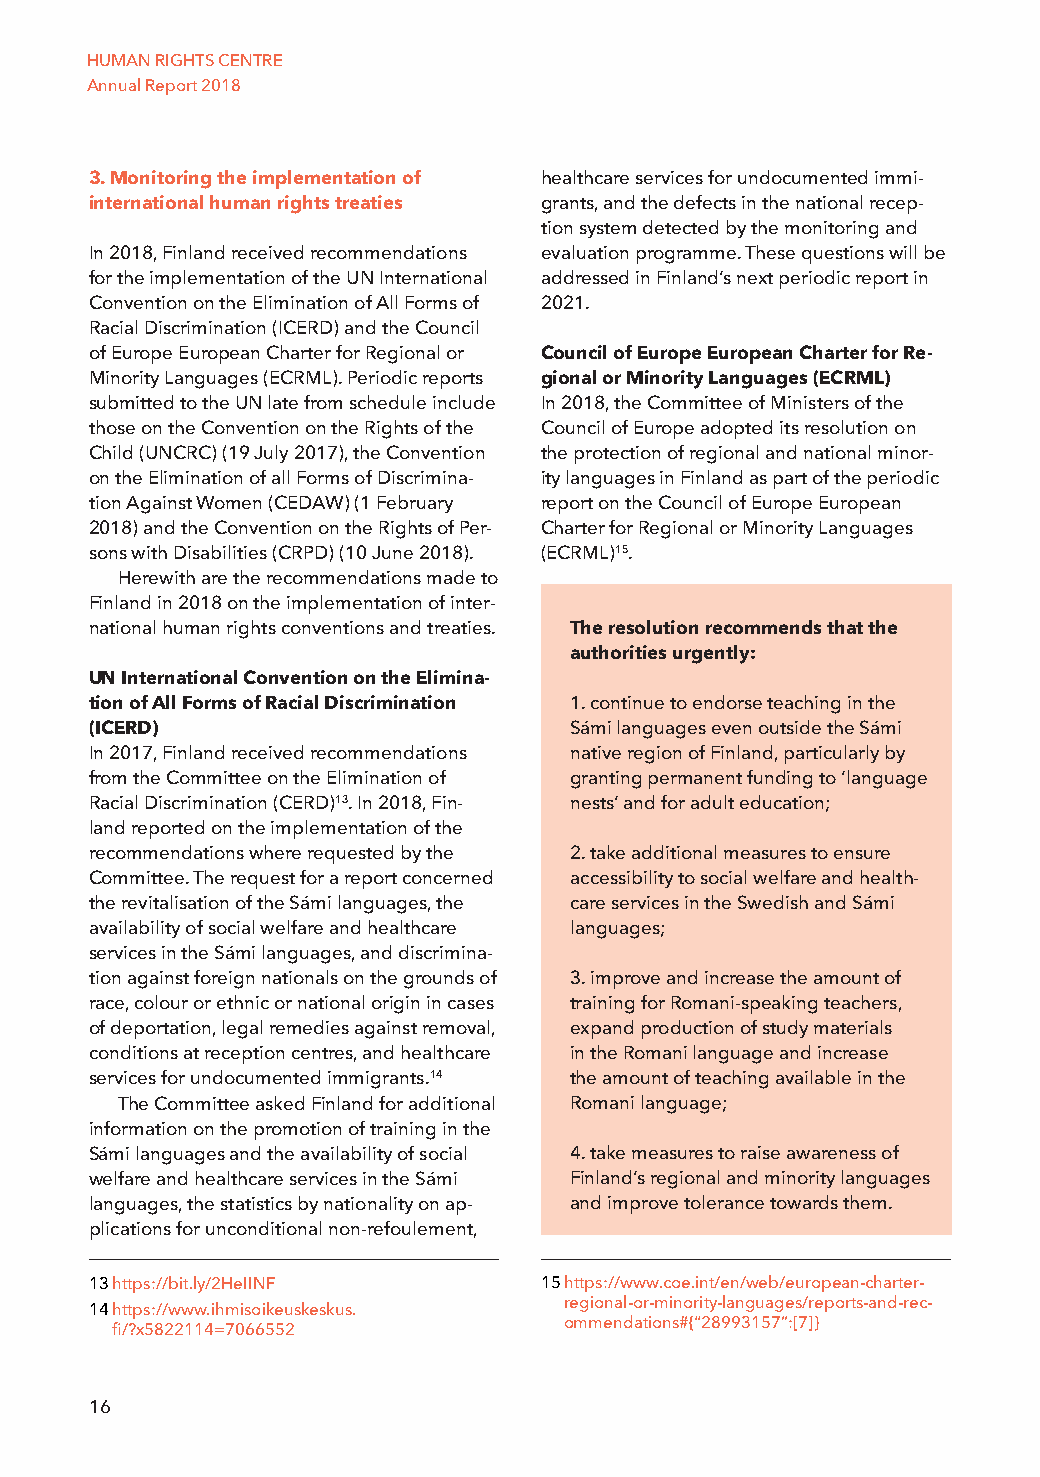
HUMAN RIGHTS CENTRE
 Annual Report 2018
 3. Monitoring the implementation of healthcare services for undocumented immi-
 international human rights treaties grants, and the defects in the national recep-
 tion system detected by the monitoring and
 In 2018, Finland received recommendations evaluation programme. These questions will be
 for the implementation of the UN International addressed in Finland’s next periodic report in
 Convention on the Elimination of All Forms of 2021.
 Racial Discrimination (ICERD) and the Council
 of Europe European Charter for Regional or Council of Europe European Charter for Re-
 Minority Languages (ECRML). Periodic reports gional or Minority Languages (ECRML)
 submitted to the UN late from schedule include In 2018, the Committee of Ministers of the
 those on the Convention on the Rights of the Council of Europe adopted its resolution on
 Child (UNCRC) (19 July 2017), the Convention the protection of regional and national minor-
 on the Elimination of all Forms of Discrimina- ity languages in Finland as part of the periodic
 tion Against Women (CEDAW) (1 February report on the Council of Europe European
 2018) and the Convention on the Rights of Per- Charter for Regional or Minority Languages
 sons with Disabilities (CRPD) (10 June 2018). (ECRML)15.
 Herewith are the recommendations made to
 Finland in 2018 on the implementation of inter-
 national human rights conventions and treaties. The resolution recommends that the
 authorities urgently:
 UN International Convention on the Elimina-
 tion of All Forms of Racial Discrimination 1. continue to endorse teaching in the
 (ICERD)                         Sámi languages even outside the Sámi
 In 2017, Finland received recommendations native region of Finland, particularly by
 from the Committee on the Elimination of granting permanent funding to ‘language
 Racial Discrimination (CERD)13. In 2018, Fin- nests’ and for adult education;
 land reported on the implementation of the
 recommendations where requested by the 2. take additional measures to ensure
 Committee. The request for a report concerned accessibility to social welfare and health-
 the revitalisation of the Sámi languages, the care services in the Swedish and Sámi
 availability of social welfare and healthcare languages;
 services in the Sámi languages, and discrimina-
 tion against foreign nationals on the grounds of 3. improve and increase the amount of
 race, colour or ethnic or national origin in cases training for Romani-speaking teachers,
 of deportation, legal remedies against removal, expand production of study materials
 conditions at reception centres, and healthcare in the Romani language and increase
 services for undocumented immigrants.14 the amount of teaching available in the
 The Committee asked Finland for additional Romani language;
 information on the promotion of training in the
 Sámi languages and the availability of social 4. take measures to raise awareness of
 welfare and healthcare services in the Sámi Finland’s regional and minority languages
 languages, the statistics by nationality on ap- and improve tolerance towards them.
 plications for unconditional non-refoulement,
 13 https://bit.ly/2HeIINF     15 https://www.coe.int/en/web/european-charter-
 regional-or-minority-languages/reports-and-rec-
 14 https://www.ihmisoikeuskeskus.
 ommendations#{“28993157”:[7]}
 fi/?x5822114=7066552
 16